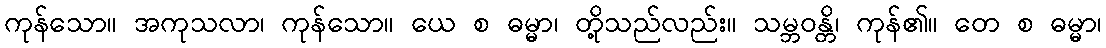
ကုန်သော။ အကုသလာ၊ ကုန်သော။ ယေ စ ဓမ္မာ၊ တို့သည်လည်း။ သမ္ဘဝန္တိ၊ ကုန်၏။ တေ စ ဓမ္မာ၊